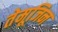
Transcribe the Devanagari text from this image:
तेमूजिन